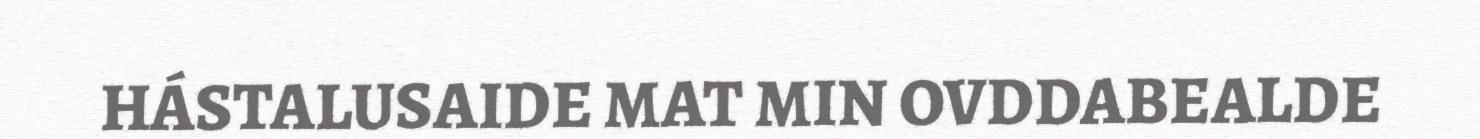
HÁSTALUSAIDE MAT MIN OVDDABEALDE